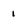
Character: 1